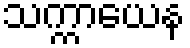
သက္ကာယေန